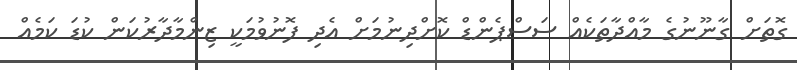
ގޮތަށް ގާނޫނުގެ މާއްދާތަކެއް ސަސްޕެންޑް ކޮށްދިނުމަށް އެދި ފޮނުވުމަކީ ޒިންމާދާރުކަން ކުޑަ ކަމެއް